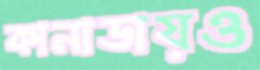
কানাডায়ও